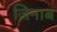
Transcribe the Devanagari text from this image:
ज़िनाब